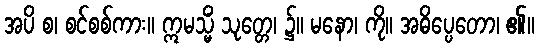
အပိ စ၊ စင်စစ်ကား။ ဣမသ္မိံ သုတ္တေ၊ ၌။ မနော၊ ကို။ အဓိပ္ပေတော၊ ၏။